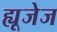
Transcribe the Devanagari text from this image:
ह्यूजेज